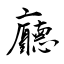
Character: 廳